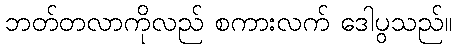
ဘတ်တလာကိုလည် စကားလက် ဒေါပွသည်။